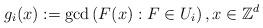
LaTeX: \begin{align*}g_i(x):=\gcd\,(F(x):F\in U_i)\,,x\in \mathbb{Z}^d\end{align*}